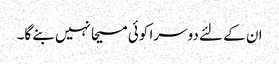
ان کے لئے دوسرا کوئی مسیحا نہیں بنے گا۔